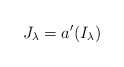
\begin{align*}J_\lambda = a'(I_\lambda)\end{align*}